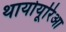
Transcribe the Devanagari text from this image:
थायोयूरिआ